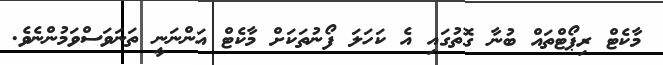
މާކެޓް ރިޕޯޓްތައް ބުނާ ގޮތުގައި އެ ކަހަލަ ފޯނުތަކަށް މާކެޓް އަންނަނީ ތަނަވަސްވަމުންނެވެ.